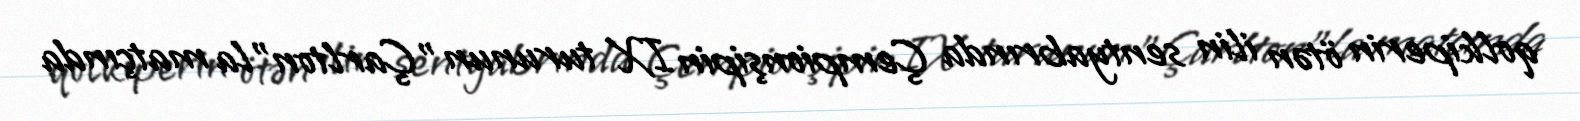
qolkiperin ötən ilin sentyabrında Çempionşipin IX turunun "Çarlton"la matçında